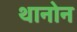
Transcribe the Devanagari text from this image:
थानोन